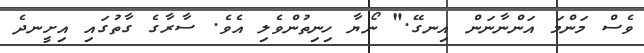
ވެސް މަންމަ އަންނާނަން އިނގޭ." ނޯޔާ ހިނިތުންވެލި އެވެ. ސާރާގެ ގާތުގައި އިށީނދެ